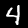
Label: 4